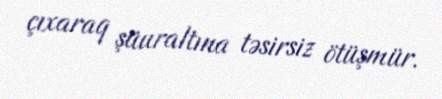
çıxaraq şüuraltına təsirsiz ötüşmür.